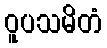
ဝူပသမိတံ